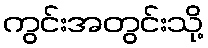
ကွင်းအတွင်းသို့